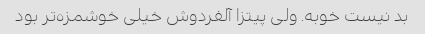
بد نیست خوبه. ولی پیتزا آلفردوش خیلی خوشمزه‌تر بود